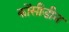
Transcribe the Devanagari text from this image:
कोंसीडीन